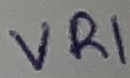
Text: VR1